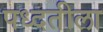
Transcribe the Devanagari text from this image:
पध्दतीला